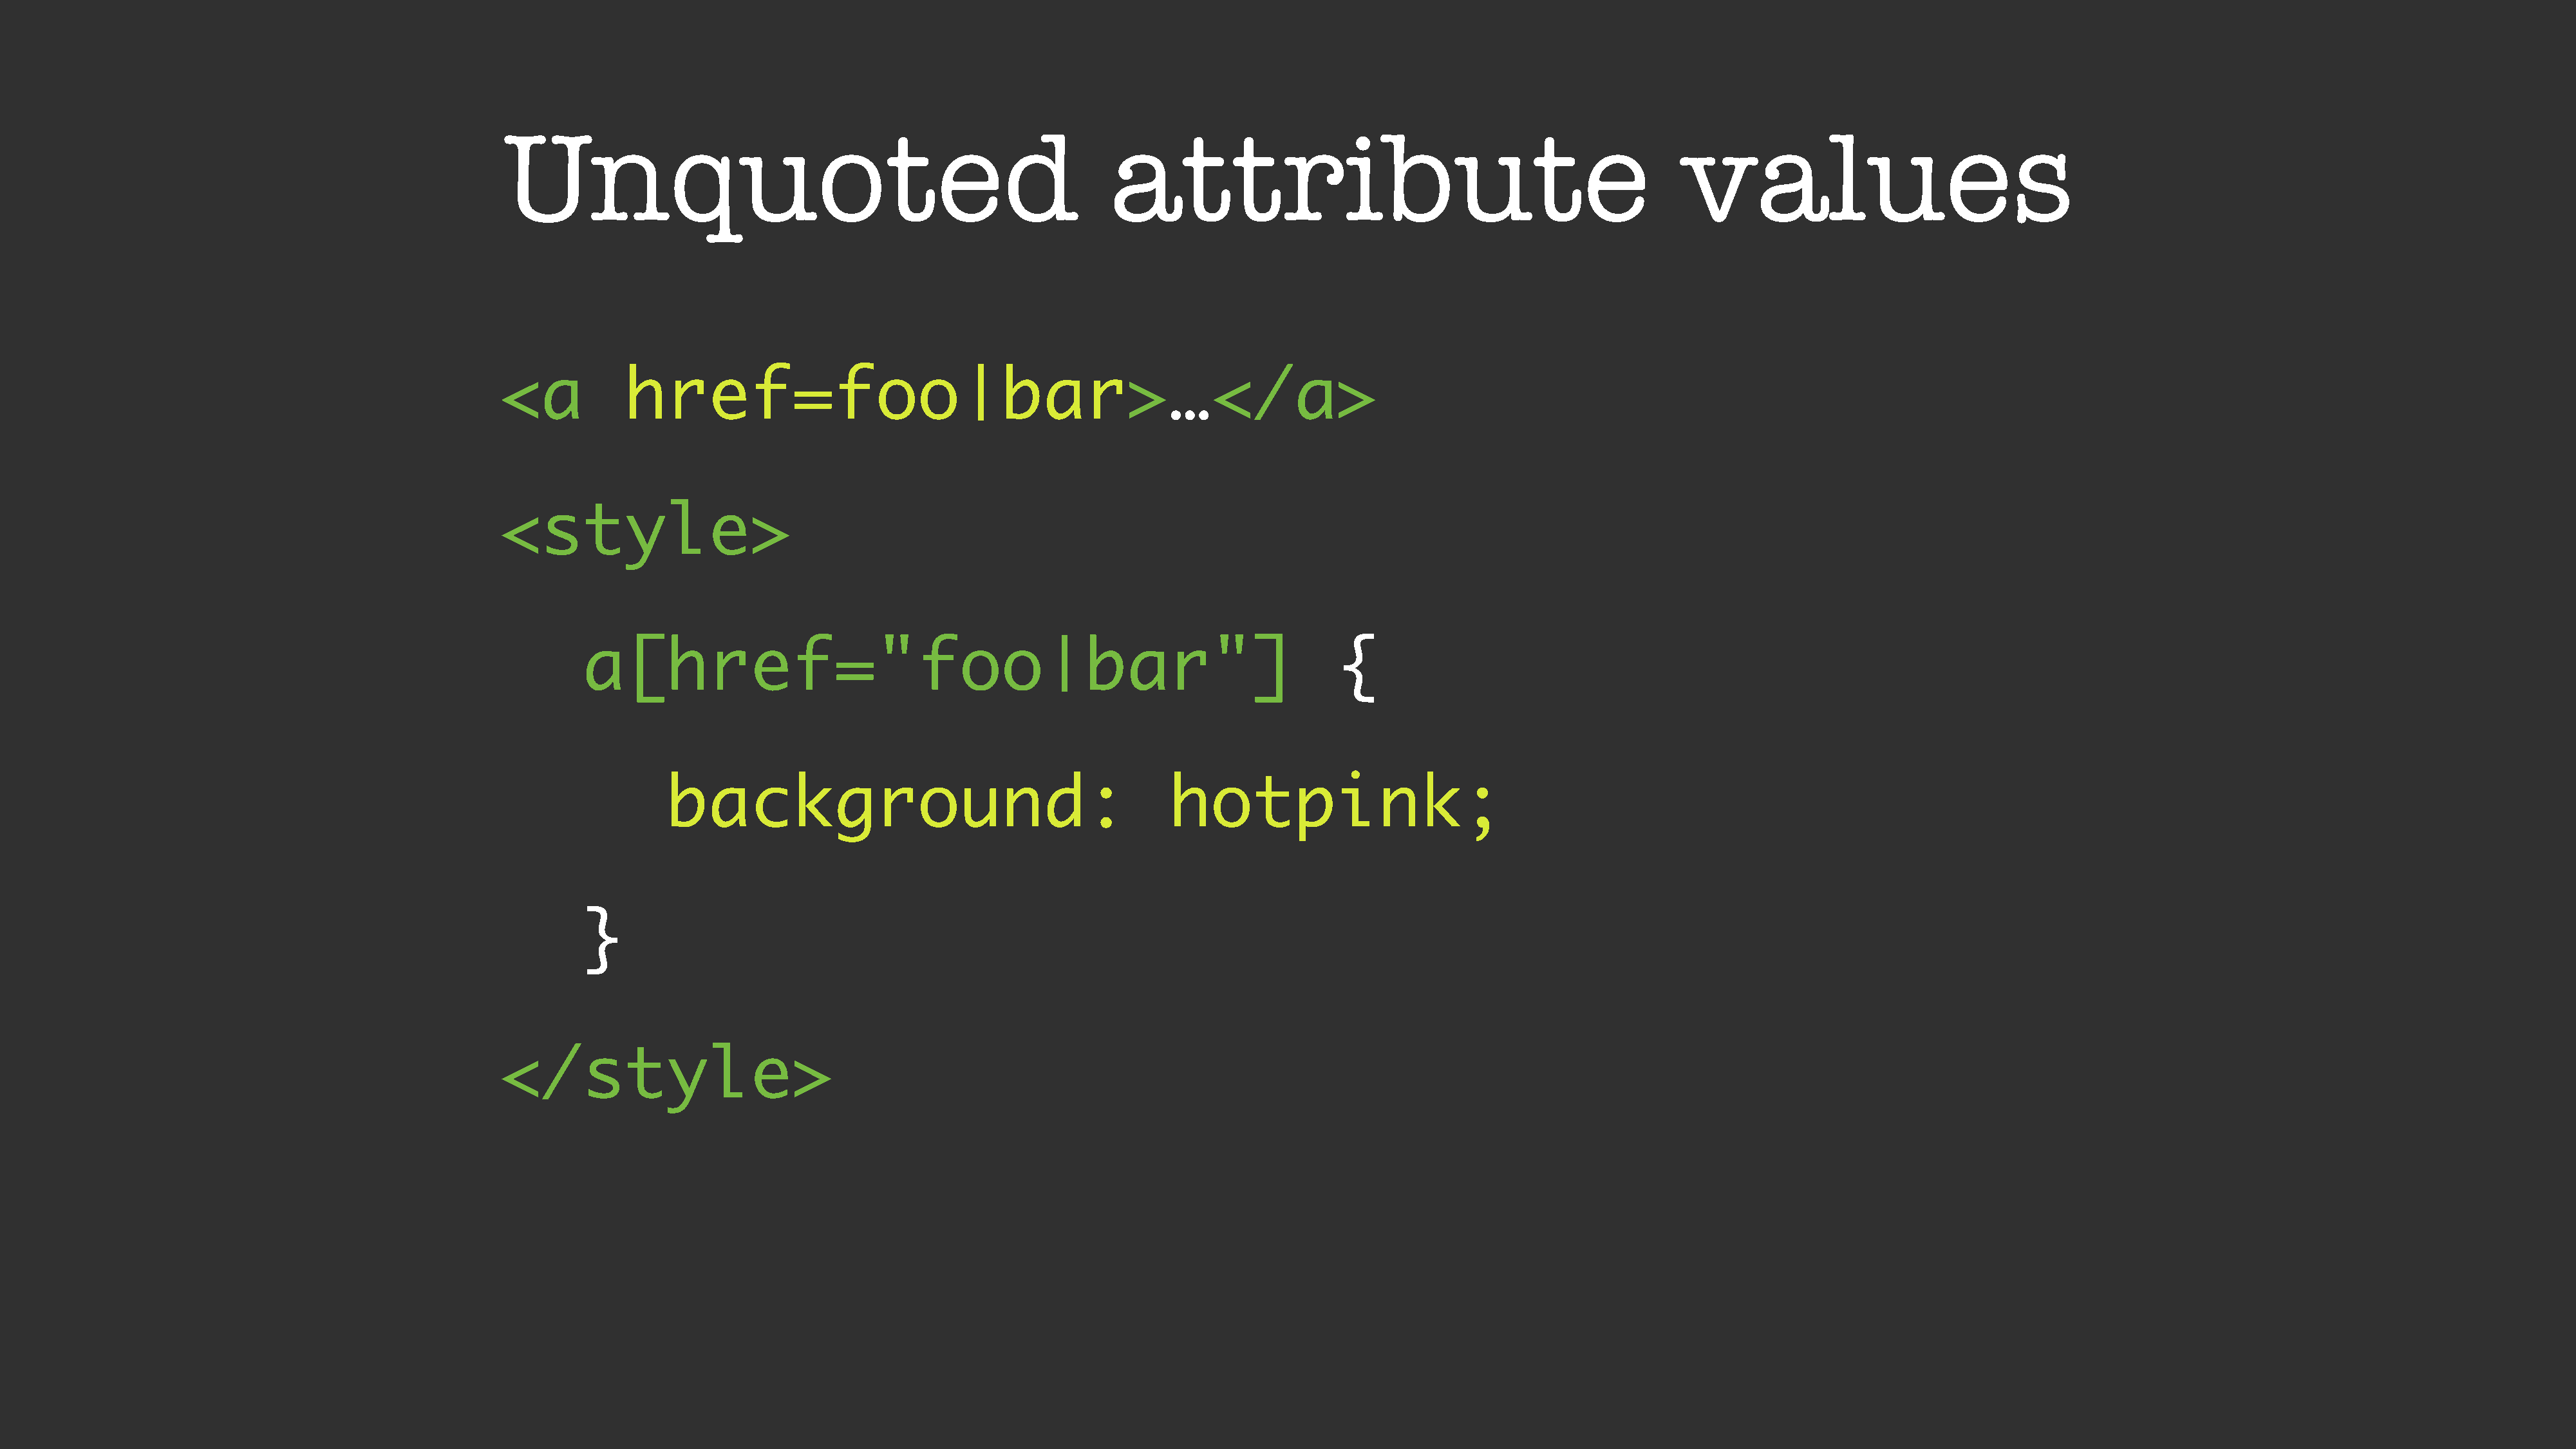
Unquoted                                                      attribute                                                  values
 <a           href=foo|bar>…</a>
 <style>
 a[href="foo|bar"]                                                            {
 background:                                        hotpink;
 }
 </style>